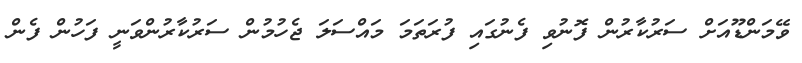
ވޭމަންޑޫއަށް ސަރުކާރުން ފޮނުވި ފެނުގައި ފުރަތަމަ މައްސަލަ ޖެހުމުން ސަރުކާރުންވަނީ ފަހުން ފެން